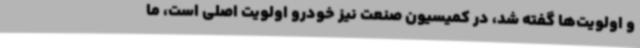
و اولویت‌ها گفته شد، در کمیسیون صنعت نیز خودرو اولویت اصلی است، ما